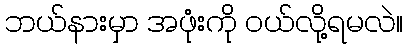
ဘယ်နားမှာ အဖုံးကို ဝယ်လို့ရမလဲ။